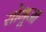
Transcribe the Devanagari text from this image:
सोभूजा